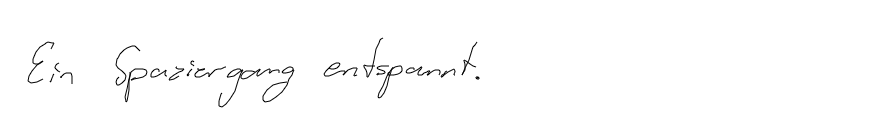
Ein Spaziergang entspannt.